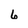
Character: 6